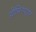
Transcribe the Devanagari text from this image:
डोमिनएयर